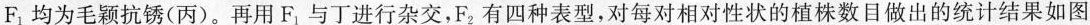
F_{1}均为毛颖抗锈(丙)。再用F_{1}与丁进行杂交，F_{2}有四种表型，对每对相对性状的植株数目做出的统计结果如图